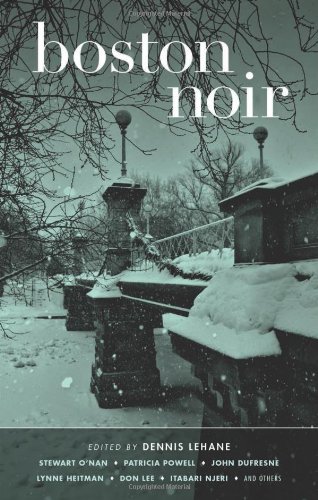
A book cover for Boston Noir (Akashic Noir); Mystery, Thriller & Suspense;